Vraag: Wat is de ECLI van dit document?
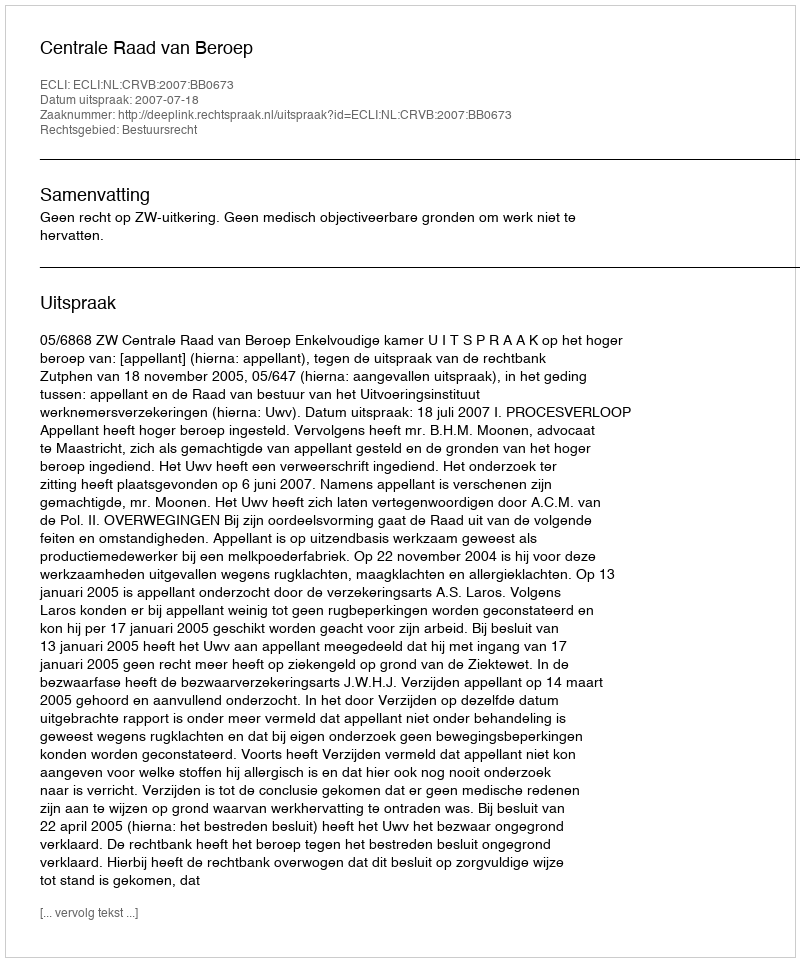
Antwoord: ECLI:NL:CRVB:2007:BB0673